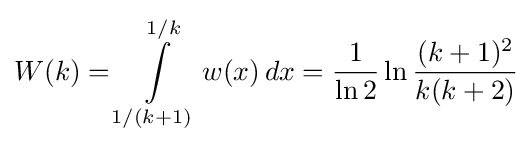
W(k)=\int \limits _{1/(k+1)}^{1/k}w(x)\,dx={\frac {1}{\ln 2}}\ln {\frac {(k+1)^{2}}{k(k+2)}}